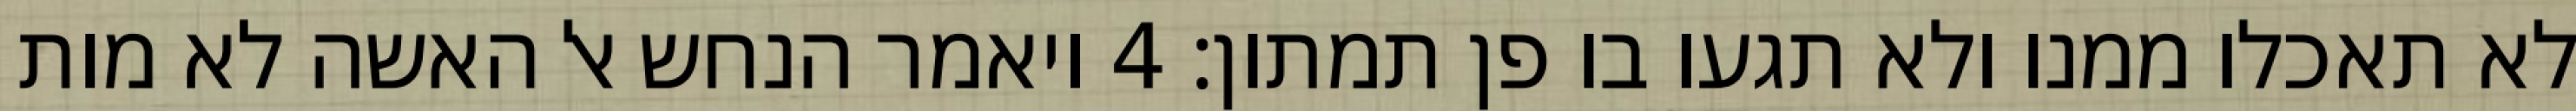
לא תאכלו ממנו ולא תגעו בו פן תמתון׃ ‎4‏ ויאמר הנחש אל האשה לא מות